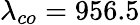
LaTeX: \lambda_{co}=956.5